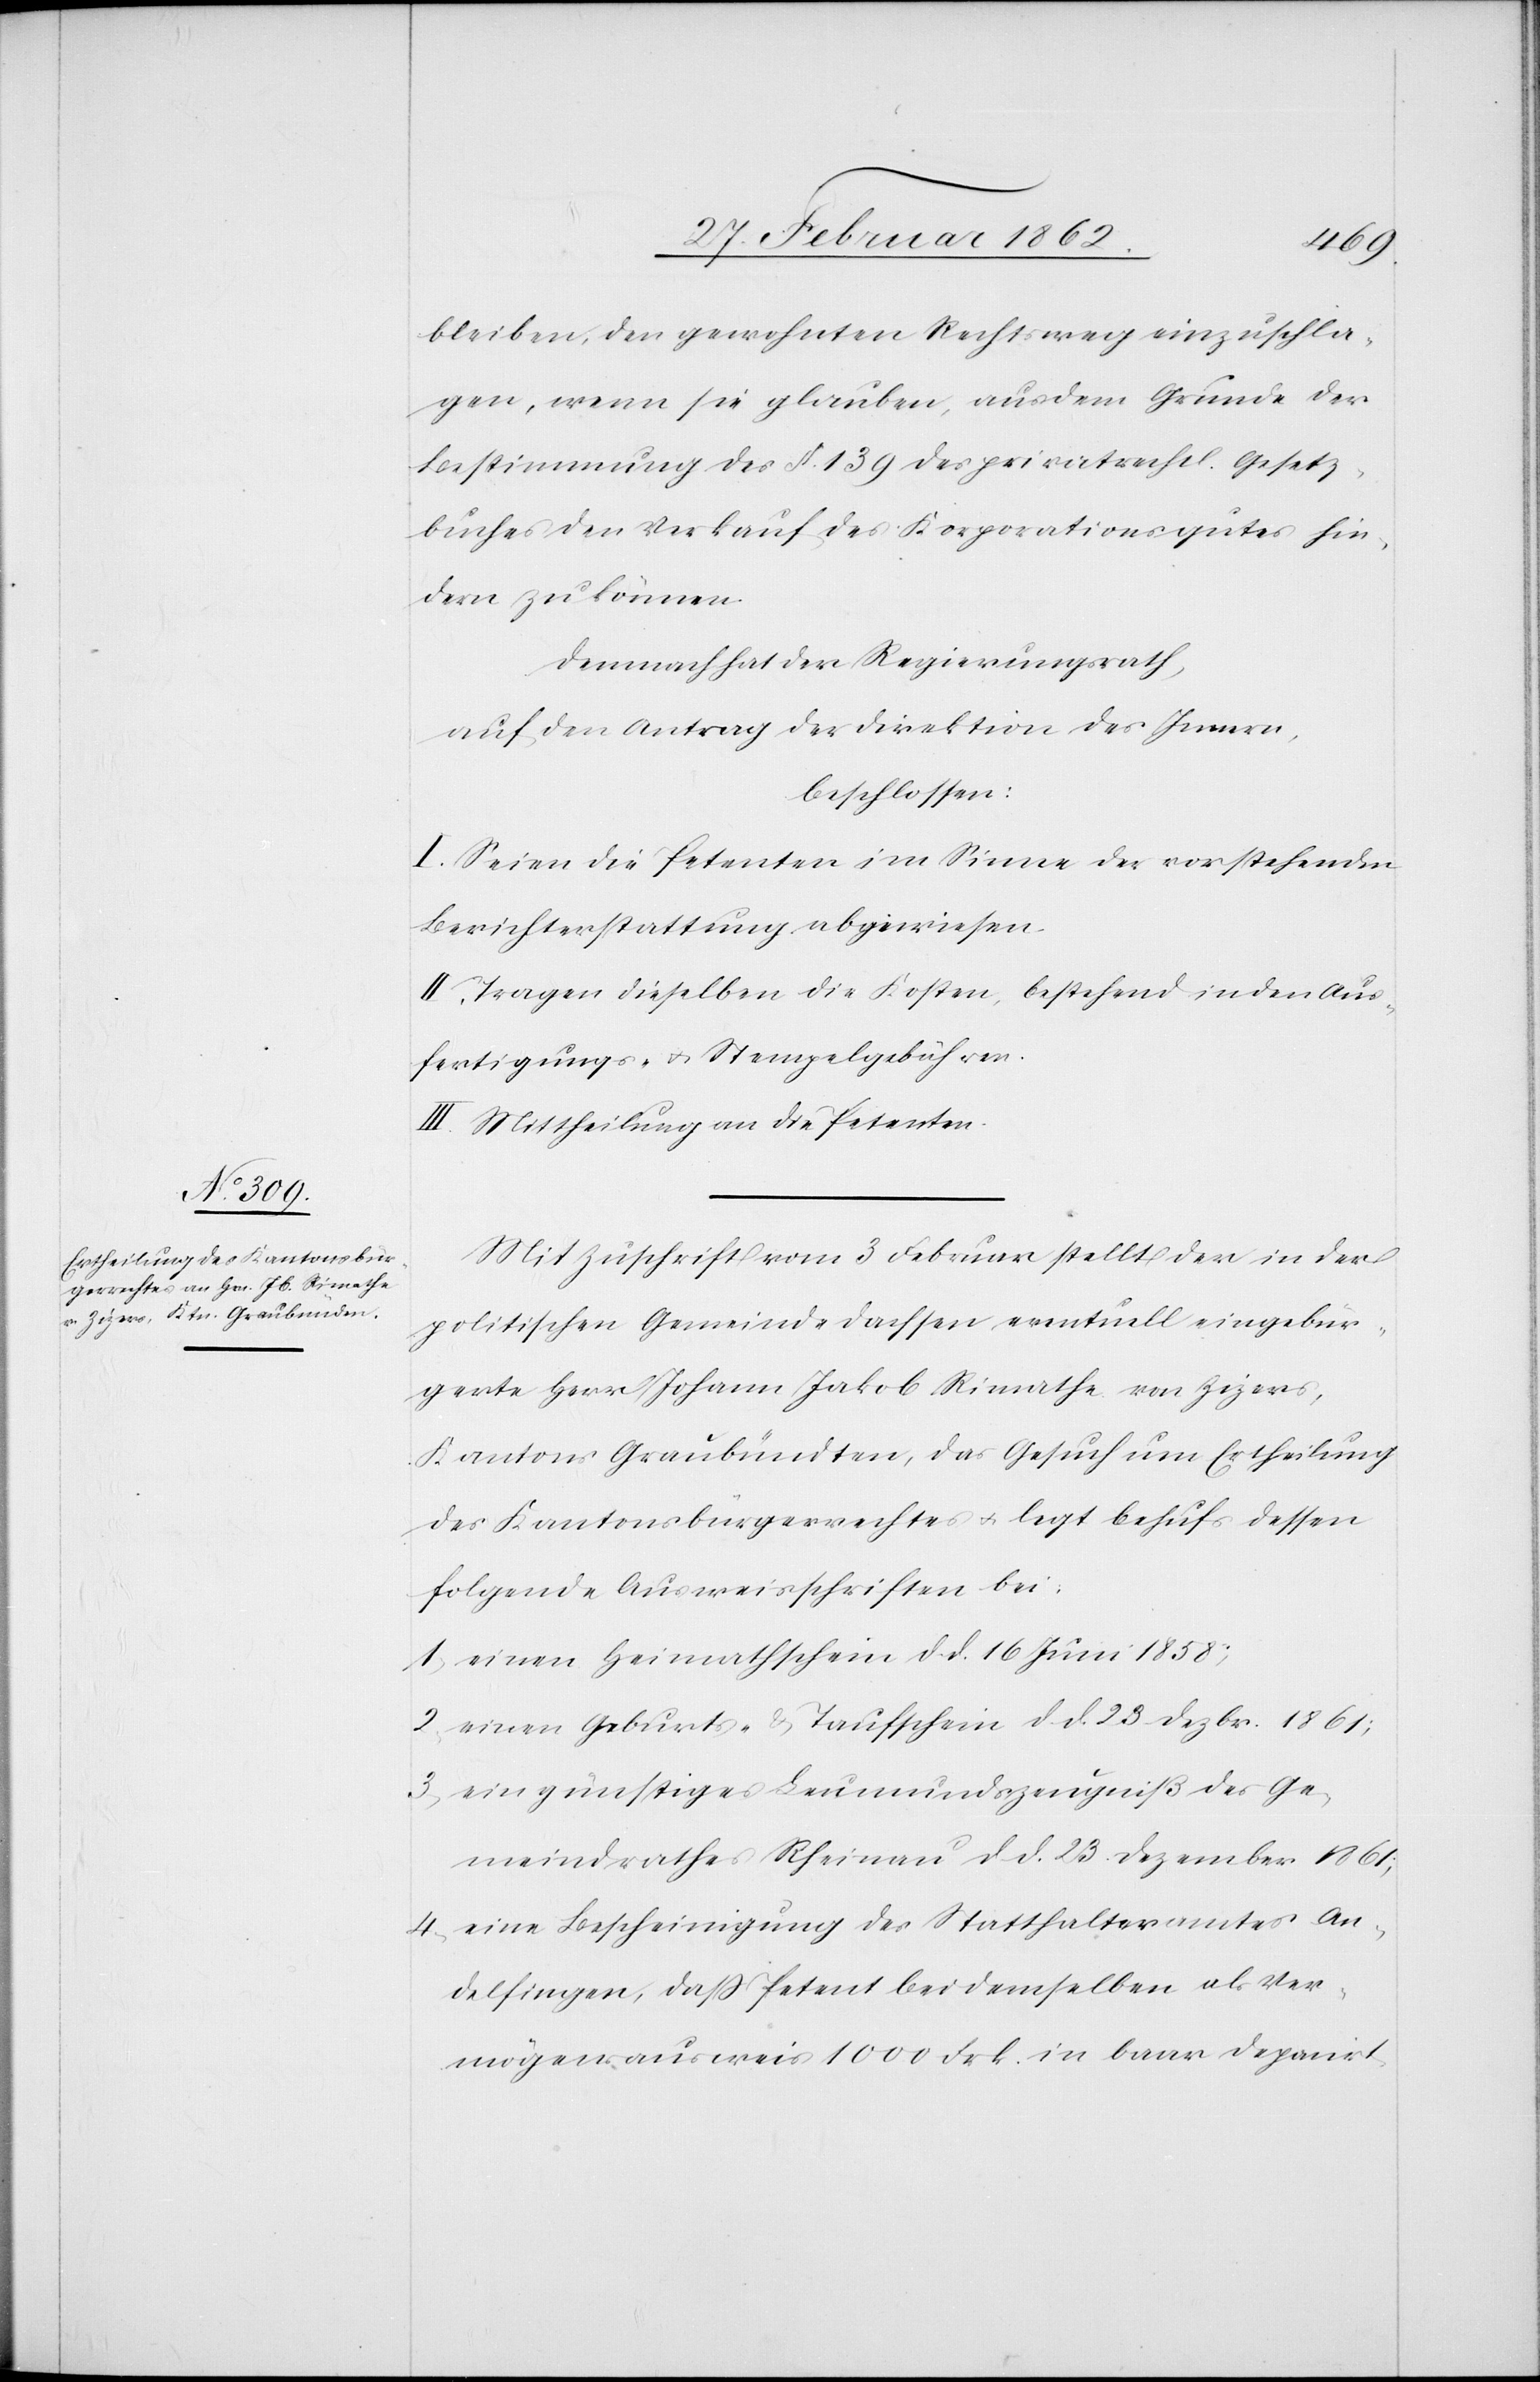
bleiben, den gewohnten Rechtsweg einzuschla¬
gen, wenn sie glauben, aus dem Grunde der
Bestimmung des §. 139 des privatrechtl. Gesetz¬
buches den Verkauf des Korporationsgutes hin¬
dern zu können.
Demnach hat der Regierungsrath,
auf den Antrag der Direktion des Innern,
beschlossen:
I. Seien die Petenten im Sinne der vorstehenden
Berichterstattung abgewiesen.
II. Tragen dieselbe die Kosten, bestehend in den Aus¬
fertigungs- u. Stempelgebühren.
III. Mittheilung an die Petenten.
Mit Zuschrift vom 3 Februar stellt der in der
politischen Gemeinde Dachsen eventuell eingebür¬
gerte Herr Johann Jakob Rimathe von Zizers,
Kantons Graubündten, das Gesuch um Ertheilung
des Kantonsbürgerrechtes u. legt behufs dessen
folgende Ausweisschriften bei:
1) einen Heimathschein d. d. 16 Juni 1858;
2) einen Geburts- & Taufschein d. d. 23 Dezbr. 1861;
3) ein günstiges Leumundszeugniß des Ge¬
meindrathes Rheinau d. d. 23. Dezember 1861;
4) eine Bescheinigung des Statthalteramtes An¬
delfingen, daß Petent bei demselben als Ver¬
mögensausweis 1000 Frk. in baar depanirt